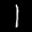
Label: 1